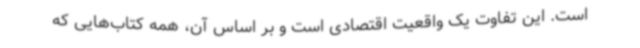
است. این تفاوت یک واقعیت اقتصادی است و بر اساس آن، همه کتاب‌هایی که